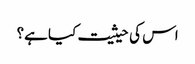
اس کی حیثیت کیا ہے؟